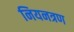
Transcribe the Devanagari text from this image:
नियनत्रण